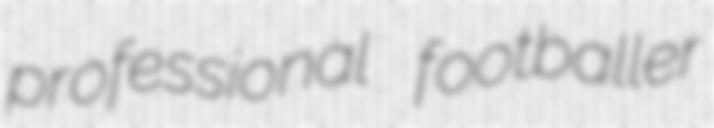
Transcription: professional footballer